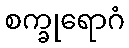
စက္ခုရောဂံ